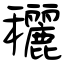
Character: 穲